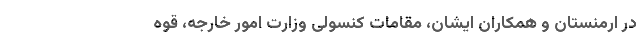
در ارمنستان و همکاران ایشان، مقامات کنسولی وزارت امور خارجه، قوه